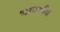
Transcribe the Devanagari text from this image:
भादगाँव